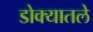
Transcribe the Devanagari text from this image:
डोक्यातले